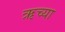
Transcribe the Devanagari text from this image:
ऋच्या